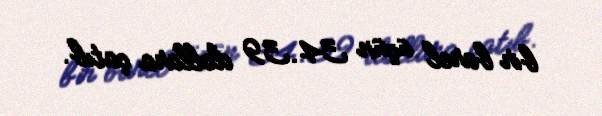
bir barel üçün 34.39 dollara çatıb.